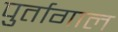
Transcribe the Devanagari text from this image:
पुर्तागाल